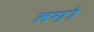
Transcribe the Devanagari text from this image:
लग़ो